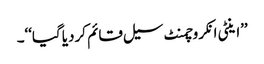
’’اینٹی انکروچمنٹ سیل قائم کردیا گیا‘‘۔